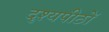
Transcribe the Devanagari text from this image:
दृश्यपीठों